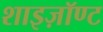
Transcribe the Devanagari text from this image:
शाइज़ॉण्ट